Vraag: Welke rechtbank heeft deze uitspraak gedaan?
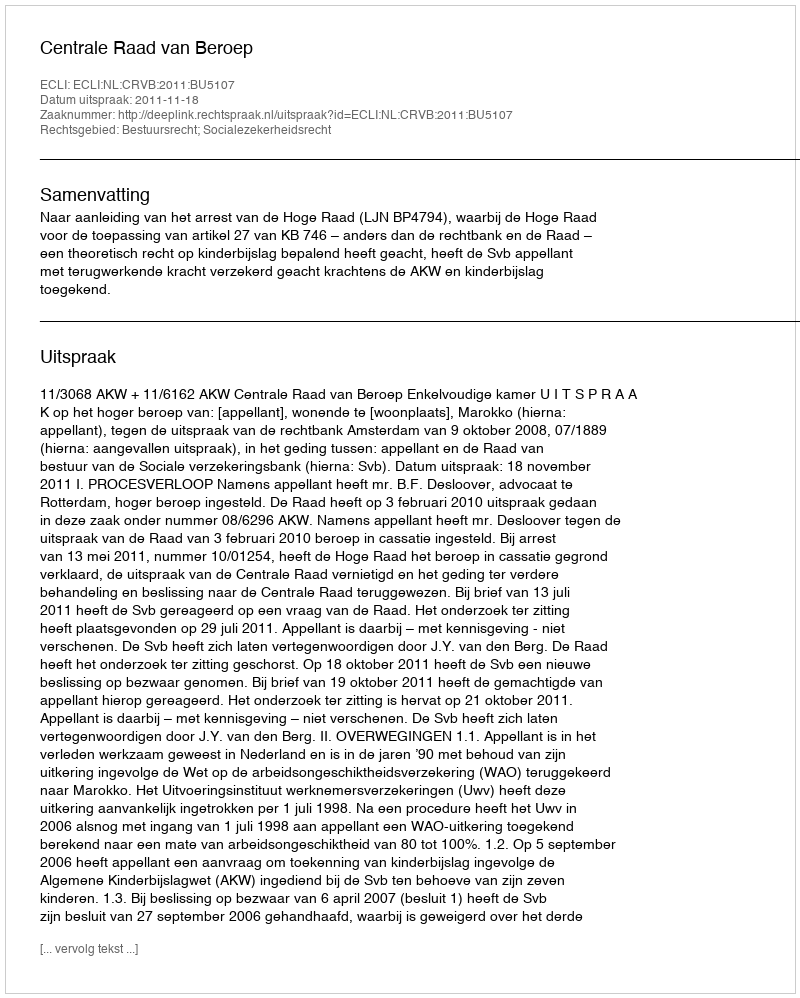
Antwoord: Centrale Raad van Beroep